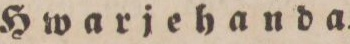
Hwarjehanda